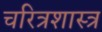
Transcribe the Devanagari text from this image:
चरित्रशास्त्र